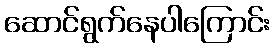
ဆောင်ရွက်နေပါကြောင်း